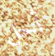
أجل